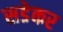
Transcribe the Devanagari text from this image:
सडेकर